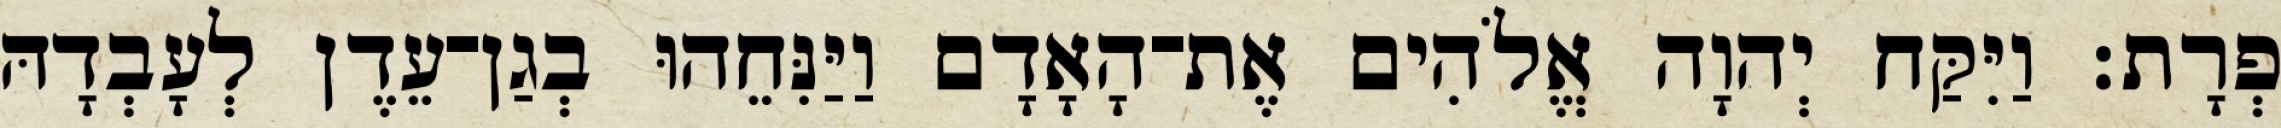
פְרָת׃ וַיִּקַּח יְהוָה אֱלֹהִים אֶת־הָאָדָם וַיַּנִּחֵהוּ בְגַן־עֵדֶן לְעָבְדָהּ